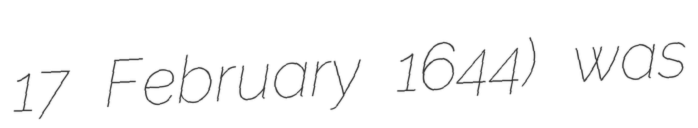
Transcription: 17 February 1644) was